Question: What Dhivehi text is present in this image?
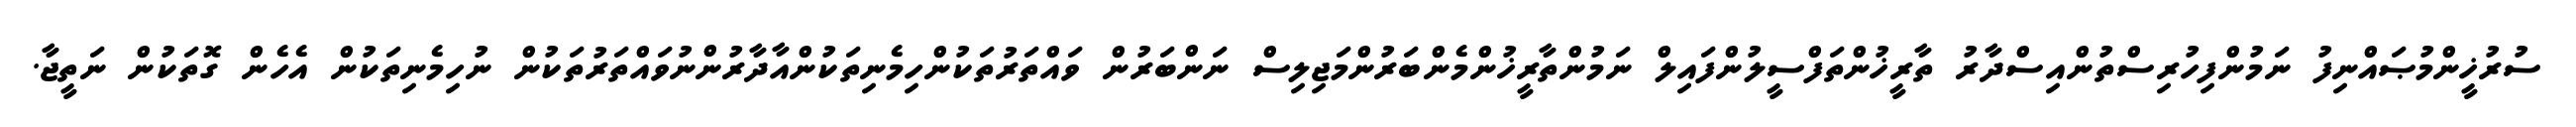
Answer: ސުރުޚީންމުޞައްނިފު ނަމުންފިހުރިސްތުންއިސްދާރު ތާރީޚުންތަފްސީލުންފައިލް ނަމުންތާރީޚުންމެންބަރުންމަޖިލިސް ނަންބަރުން ވައްތަރުތަކުންހިމެނިތަކުންއާދާރުންނުވައްތަރުތަކުން ނުހިމެނިތަކުން އެހެން ގޮތަކުން ނަތީޖާ.